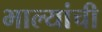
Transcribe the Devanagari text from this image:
भाल्यांची